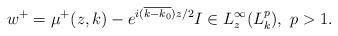
LaTeX: \begin{align*}w^+=\mu^+(z, k)-e^{i(\overline{k-k_0})z/2}I \in L^\infty_z(L^p_k), ~p>1.\end{align*}